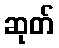
ဆုတ်